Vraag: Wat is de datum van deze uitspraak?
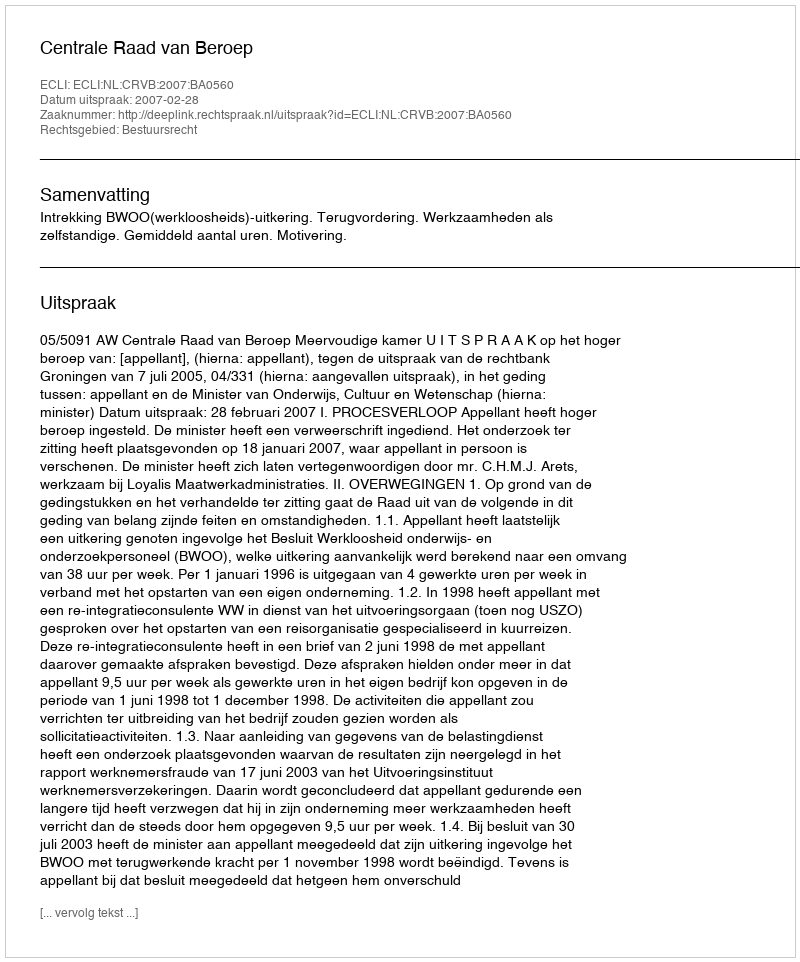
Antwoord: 2007-02-28